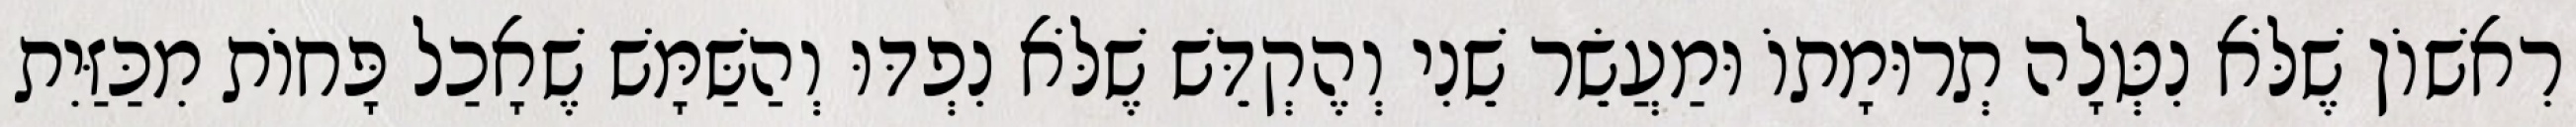
רִאשׁוֹן שֶׁלֹּא נִטְּלָה תְרוּמָתוֹ וּמַעֲשֵׂר שֵׁנִי וְהֶקְדֵּשׁ שֶׁלֹּא נִפְדּוּ וְהַשַּׁמָּשׁ שֶׁאָכַל פָּחוֹת מִכַּזַּיִת